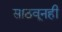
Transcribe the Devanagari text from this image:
साठवूनही